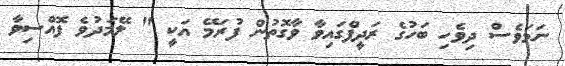
ނަމަވެސް ދިވެހި ބަހުގެ ރަދީފްގައިވާ ވާގޮތުން ފުރަމޭ އަކީ " ލޭމަދުވެ ފޮއްސިވާ